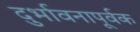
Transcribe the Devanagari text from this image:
दुर्भावनापूर्वक